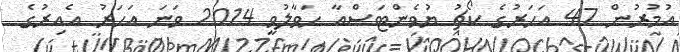
އުމުރުން 47 އަހަރުގެ ކޯޗު ޔުވެންޓަސްއާ ހަވާލުވީ 2014 ވަނަ އަހަރު އެއިރުގެ